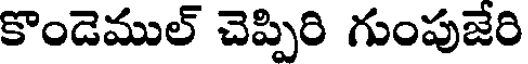
కొండెముల్ చెప్పిరి గుంపుజేరి